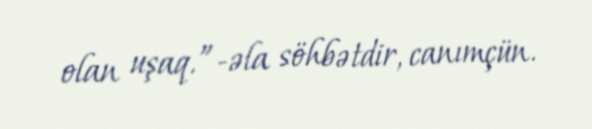
olan uşaq.”-əla söhbətdir, canımçün.